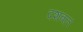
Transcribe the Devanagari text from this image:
दशबल